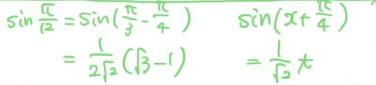
\(\sin\frac{\pi}{12}=\sin(\frac{\pi}{3}-\frac{\pi}{4})\)
\(\sin(x + \frac{\pi}{4})\)
\(=\frac{1}{2\sqrt{2}}(\sqrt{3}-1)\)
\(=\frac{1}{\sqrt{3}}t\)